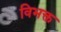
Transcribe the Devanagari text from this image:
विभक्त